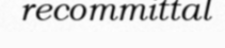
recommittal